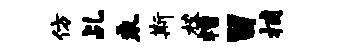
仿乩乘斯校糟留捕